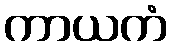
ကာယကံ